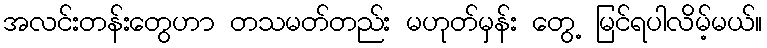
အလင်းတန်းတွေဟာ တသမတ်တည်း မဟုတ်မှန်း တွေ့ မြင်ရပါလိမ့်မယ်။